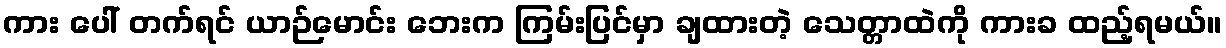
ကား ပေါ် တက်ရင် ယာဉ်မောင်း ဘေးက ကြမ်းပြင်မှာ ချထားတဲ့ သေတ္တာထဲကို ကားခ ထည့်ရမယ်။